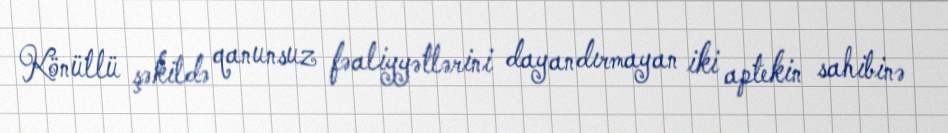
Könüllü şəkildə qanunsuz fəaliyyətlərini dayandırmayan iki aptekin sahibinə